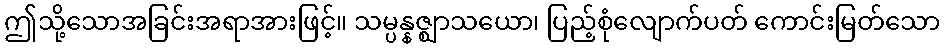
ဤသို့သောအခြင်းအရာအားဖြင့်။ သမ္ပန္နဇ္ဈာသယော၊ ပြည့်စုံလျောက်ပတ် ကောင်းမြတ်သော